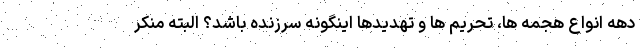
دهه انواع هجمه ها، تحریم ها و تهدیدها اینگونه سرزنده باشد؟ البته منکر